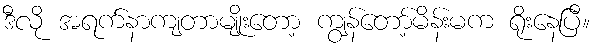
ဒီလို အရက်နာကျတာမျိုးတော့ ကျွန်တော့်မိန်းမက ရိုးနေပြီ။